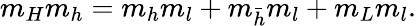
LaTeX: m_{H}m_{h}=m_{h}m_{l}+m_{{\bar{h}}}m_{l}+m_{L}m_{l}.